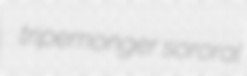
tripemonger sororal